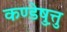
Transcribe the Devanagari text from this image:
कण्डेष़ुत्तु